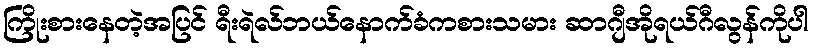
ကြိုးစားနေတဲ့အပြင် ရီးရဲလ်ဘယ်နောက်ခံကစားသမား ဆာဂျီအိုရယ်ဂီလွန်ကိုပါ